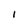
Character: I